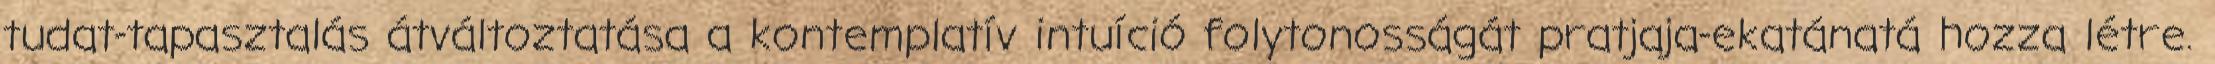
tudat-tapasztalás átváltoztatása a kontemplatív intuíció folytonosságát pratjaja-ekatánatá hozza létre.